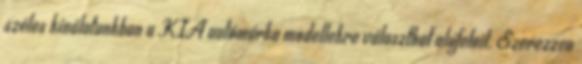
széles kínálatunkban a KIA autómárka modellekre választhat alufelnit. Szerezzen